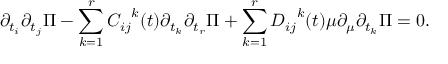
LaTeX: \partial _ { t _ { i } } \partial _ { t _ { j } } \Pi - \sum _ { k = 1 } ^ { r } { C _ { i j } } ^ { k } ( t ) \partial _ { t _ { k } } \partial _ { t _ { r } } \Pi + \sum _ { k = 1 } ^ { r } { D _ { i j } } ^ { k } ( t ) \mu \partial _ { \mu } \partial _ { t _ { k } } \Pi = 0 .